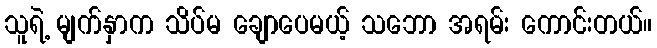
သူရဲ့ မျက်နှာက သိပ်မ ချောပေမယ့် သဘော အရမ်း ကောင်းတယ်။